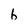
Character: h